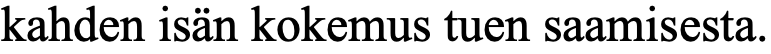
kahden isän kokemus tuen saamisesta.